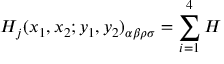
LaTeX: H _ { j } ( x _ { 1 } , x _ { 2 } ; y _ { 1 } , y _ { 2 } ) _ { \alpha \beta \rho \sigma } = \sum _ { i = 1 } ^ { 4 } { \cal H }